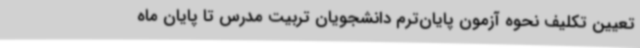
تعیین تکلیف نحوه آزمون پایان‌ترم دانشجویان تربیت مدرس تا پایان ماه